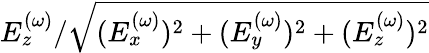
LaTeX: E_{z}^{(\omega)}/\sqrt{(E_{x}^{(\omega)})^{2}+(E_{y}^{(\omega)})^{2}+(E_{z}^{(\omega)})^{2}}